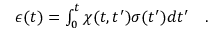
\begin{array} { r } { { \epsilon } ( t ) = \int _ { 0 } ^ { t } \chi ( t , t ^ { \prime } ) \sigma ( t ^ { \prime } ) d t ^ { \prime } \quad . } \end{array}